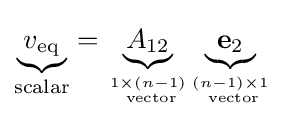
{\mathord {\underbrace {v_{\text{eq}}} _{\text{scalar}}}}={\mathord {\underbrace {A_{12}} _{1\times (n-1) \atop {\text{ vector}}}}}{\mathord {\underbrace {\mathbf {e} _{2}} _{(n-1)\times 1 \atop {\text{ vector}}}}}